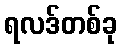
ရလဒ်တစ်ခု